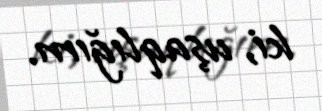
ki, uşaqlığım.